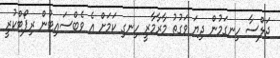
ޖަލްސާ ހިނގަމުން ދިޔަ ވަގުތު މާރާމާރީ ހިނގި ކަމަށް އެ ވެބްސައިޓުން ރިޕޯޓްކުރީ